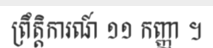
ព្រឹត្តិការណ៍ ១១ កញ្ញា ។